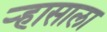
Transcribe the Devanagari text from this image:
ऱ्हासाला